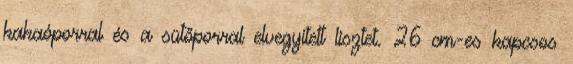
kakaóporral és a sütőporral elvegyített lisztet. 26 cm-es kapcsos